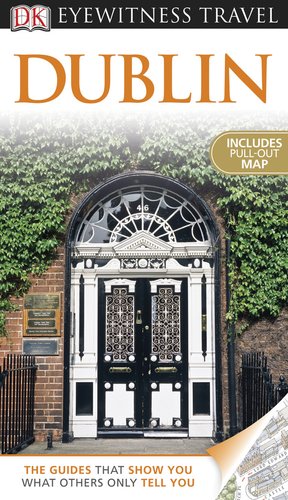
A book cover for DK Eyewitness Travel Guide: Dublin; DK Publishing; Travel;